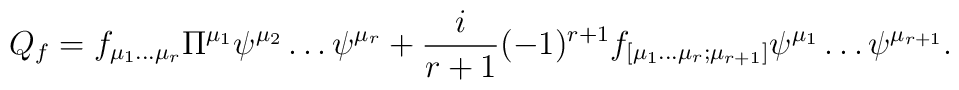
Q_f = f_{\mu_1 \dots\mu_r}\Pi^{\mu_1}\psi^{\mu_2}\dots \psi^{\mu_r} + \frac{i}{r+1}(-1)^{r+1}f_{[\mu_1 \dots\mu_r;\mu_{r+1}]}\psi^{\mu_1}\dots \psi^{\mu_{r+1}}.